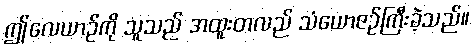
ဤလေယာဉ်ကို သူသည် အထူးတလည် သံယောဇဉ်ကြီးခဲ့သည်။